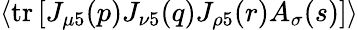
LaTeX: \left<\mathrm{tr}\left[J_{\mu 5}(p)J_{\nu 5}(q)J_{\rho 5}(r)A_{\sigma}(s)\right]\right>